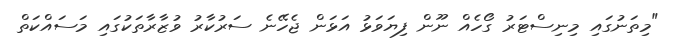
"މިތަނުގައި މިނިސްޓަރު ގޯހެއް ނޫން ފިޔަވަޅު އަޅަން ޖެހޭނެ ސަރުކާރު ވުޒާރާތަކުގައި މަސައްކަތް